Statistics of inoculations with Haffkine's anti-plague vaccine 1897-1900
Year: 1897
Disease focus: Plague
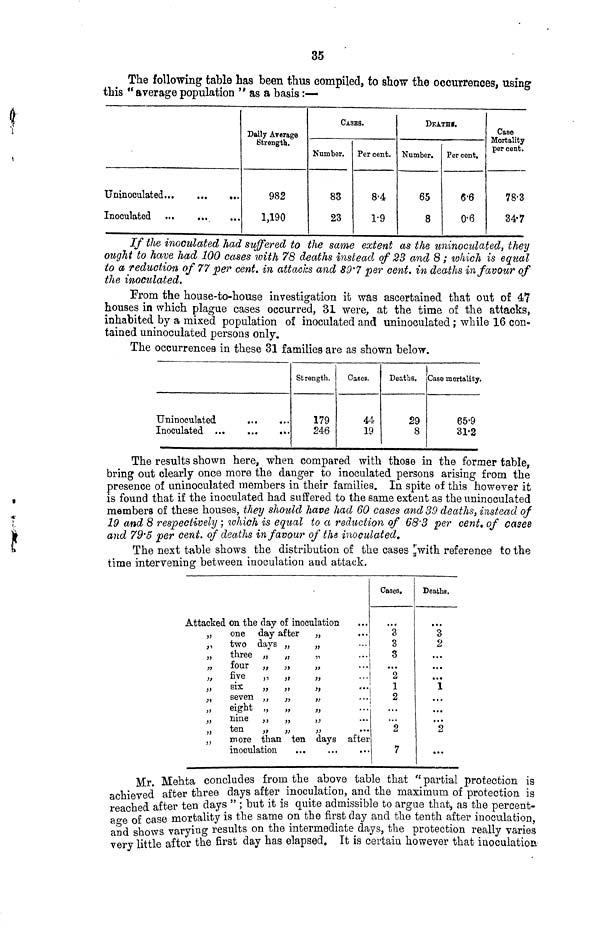
35
The following table has been thus compiled, to show the occurrences, using
this "average population " as a basis :—
Uninoculated
Inoculated
Daily Average
Strength.
982
1,190
CASES.
Number.
88
23
Per cent.
8-4
1.9
DEATHI.
Number.
65
8
Per cent.
6-6
0-6
Case
Mortality
per cent.
78-3
34.7
If the inoculated had suffered to the same extent as the uninoculated, they
ought to have had 100 cases with 78 deaths instead of 23 and 8 ; which is equal
to a reduction of 77 per cent. in attacks and 89'7 per cent. in deaths in favour of
the inoculated.
From the house-to-house investigation it was ascertained that out of 47
houses in which plague cases occurred, 31 were, at the time of the attacks,
inhabited by a mixed population of inoculated and uninoculated ; while 16 con»
tained uninoculated persons only.
The occurrences in these 31 families are as shown below.
Uninoculated
...
...
Inoculated ...
...
...
Strength.
179
246
Oases.
44
19
Deaths.
29
8
Case mortality.
65.9
31.2
The results shown here, when compared with those in the former table,
bring out clearly once more the danger to inoculated persons arising from the
presence of uninoculated members in their families. In spite of this however it
is found that if the inoculated had suffered to the same extent as the uninoculated
members of these houses then should have had 60 cases and 39 deaths, instead of
19 and 8 resp
reduction of 68.3 per cent. of cases
and 79.5 per cent. of deaths in favour of the inoculated,
The next table shows the distribution of the cases with reference to the
time intervening between inoculation and attack.
Attacked
,,
,,
,,
,,
,,
,,
,,
,,
,,
,,
on the day of inoculation ...
one day after ,, ...
two days „
„ ...
three „ „
„ ...
four „ „
„ ...
five „ „
„ ...
Six
„
,,
„
...
seven „ „
„ ...
eight „ „
„ ...
nine „ „
„ ...
ten
„ „
,, ...
more than ten days after ...
inoculation ... ... ...
Cases.
3
3
3
...
2
1
2
...
...
2
7
Deaths.
3
2
...
...
...
1
...
...
...
2
...
Mr. Mehta concludes from the above table that " partial protection is
achieved after three days after inoculation, and the maximum of protection is
reached after ten clays " ; but it is quite admissible to argue that, as the percent-
ao-e of case mortality is the same on the first day and the tenth after inoculation,
and shows varying results on the intermediate days, the protection really varies
very little after the first day has elapsed. It is certain however that inoculation